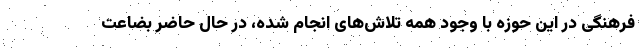
فرهنگی در این حوزه با وجود همه تلاش‌های انجام شده، در حال حاضر بضاعت